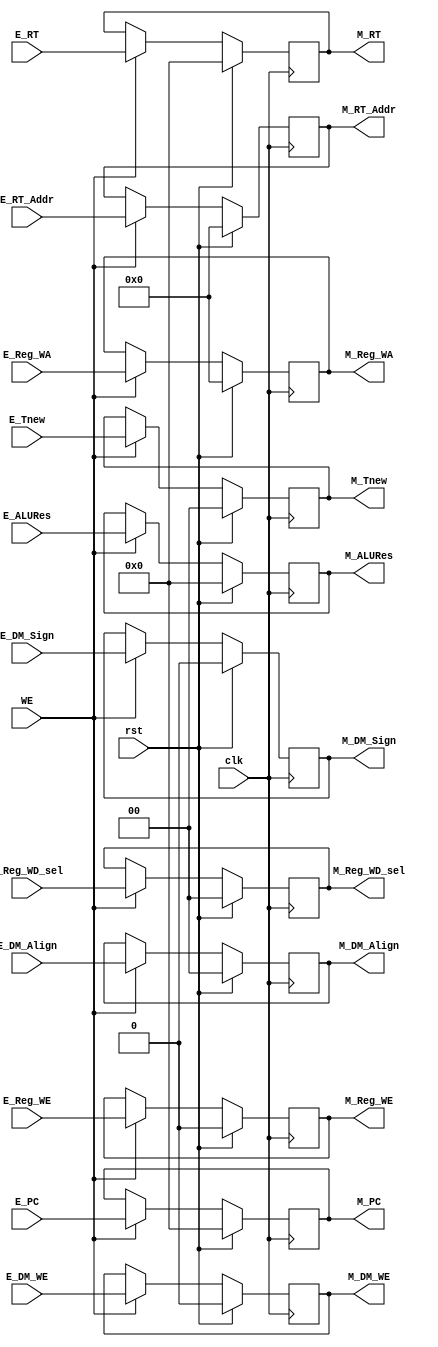
module M_Reg (
    input wire clk,
    input wire rst,
    input wire WE,

    input wire [31:0] E_PC,
    input wire [1:0] E_Tnew,

    input wire [4:0] E_RT_Addr,
    input wire [31:0] E_RT,
    input wire E_DM_WE,
    input wire [1:0] E_DM_Align,
    input wire E_DM_Sign,

    input wire [31:0] E_ALURes,
    input wire E_Reg_WE,
    input wire [4:0] E_Reg_WA,
    input wire [1:0] E_Reg_WD_sel,

    output reg [31:0] M_PC,
    output reg [1:0] M_Tnew,

    output reg [4:0] M_RT_Addr,
    output reg [31:0] M_RT,
    output reg M_DM_WE,
    output reg [1:0] M_DM_Align,
    output reg M_DM_Sign,

    output reg [31:0] M_ALURes,
    output reg M_Reg_WE,
    output reg [4:0] M_Reg_WA,
    output reg [1:0] M_Reg_WD_sel
);
    always @(posedge clk) begin
        if (rst) begin
            M_PC <= 0;
            M_Tnew <= 0;
            M_RT_Addr <= 0;
            M_RT <= 0;
            M_DM_WE <= 0;
            M_DM_Align <= 0;
            M_DM_Sign <= 0;
            M_ALURes <= 0;
            M_Reg_WE <= 0;
            M_Reg_WA <= 0;
            M_Reg_WD_sel <= 0;
        end
        else if (WE) begin
            M_PC <= E_PC;
            M_Tnew <= E_Tnew;
            M_RT_Addr <= E_RT_Addr;
            M_RT <= E_RT;
            M_DM_WE <= E_DM_WE;
            M_DM_Align <= E_DM_Align;
            M_DM_Sign <= E_DM_Sign;
            M_ALURes <= E_ALURes;
            M_Reg_WE <= E_Reg_WE;
            M_Reg_WA <= E_Reg_WA;
            M_Reg_WD_sel <= E_Reg_WD_sel;
        end
    end
endmodule